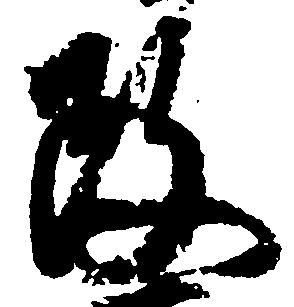
政